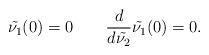
LaTeX: \begin{align*} \tilde{\nu_1}(0)=0\qquad\frac{d}{d\tilde{\nu_2}}\tilde{\nu_1}(0)=0. \end{align*}